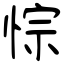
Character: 悰